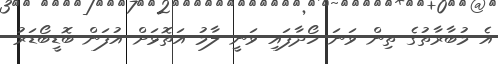
އެ މުބާރާތުގެ ތިން ވަނަ ހޯދާފައި ވަނީ ލާމު އަތޮޅަށް އުފަން ބޮޑީބޯޑަރު